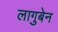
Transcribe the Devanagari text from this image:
लागुबेन